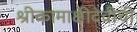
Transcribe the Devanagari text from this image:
श्रीकामाक्षीदेचीची